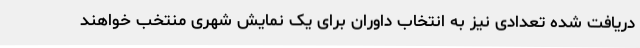
دریافت شده تعدادی نیز به انتخاب داوران برای یک نمایش شهری منتخب خواهند